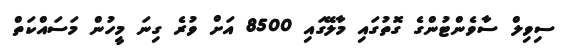
ސިވިލް ސާވެންޓުންގެ ގޮތުގައި މާލޭގައި 8500 އަށް ވުރެ ގިނަ މީހުން މަސައްކަތް